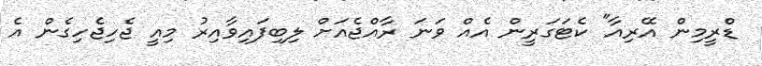
ޑްރީމިން އޭރިއާ" ކެޓަގަރީން އެއް ވަނަ ރާއްޖެއަށް ލިބިފައިވާއިރު މިއީ ޖެހިޖެހިގެން އެ